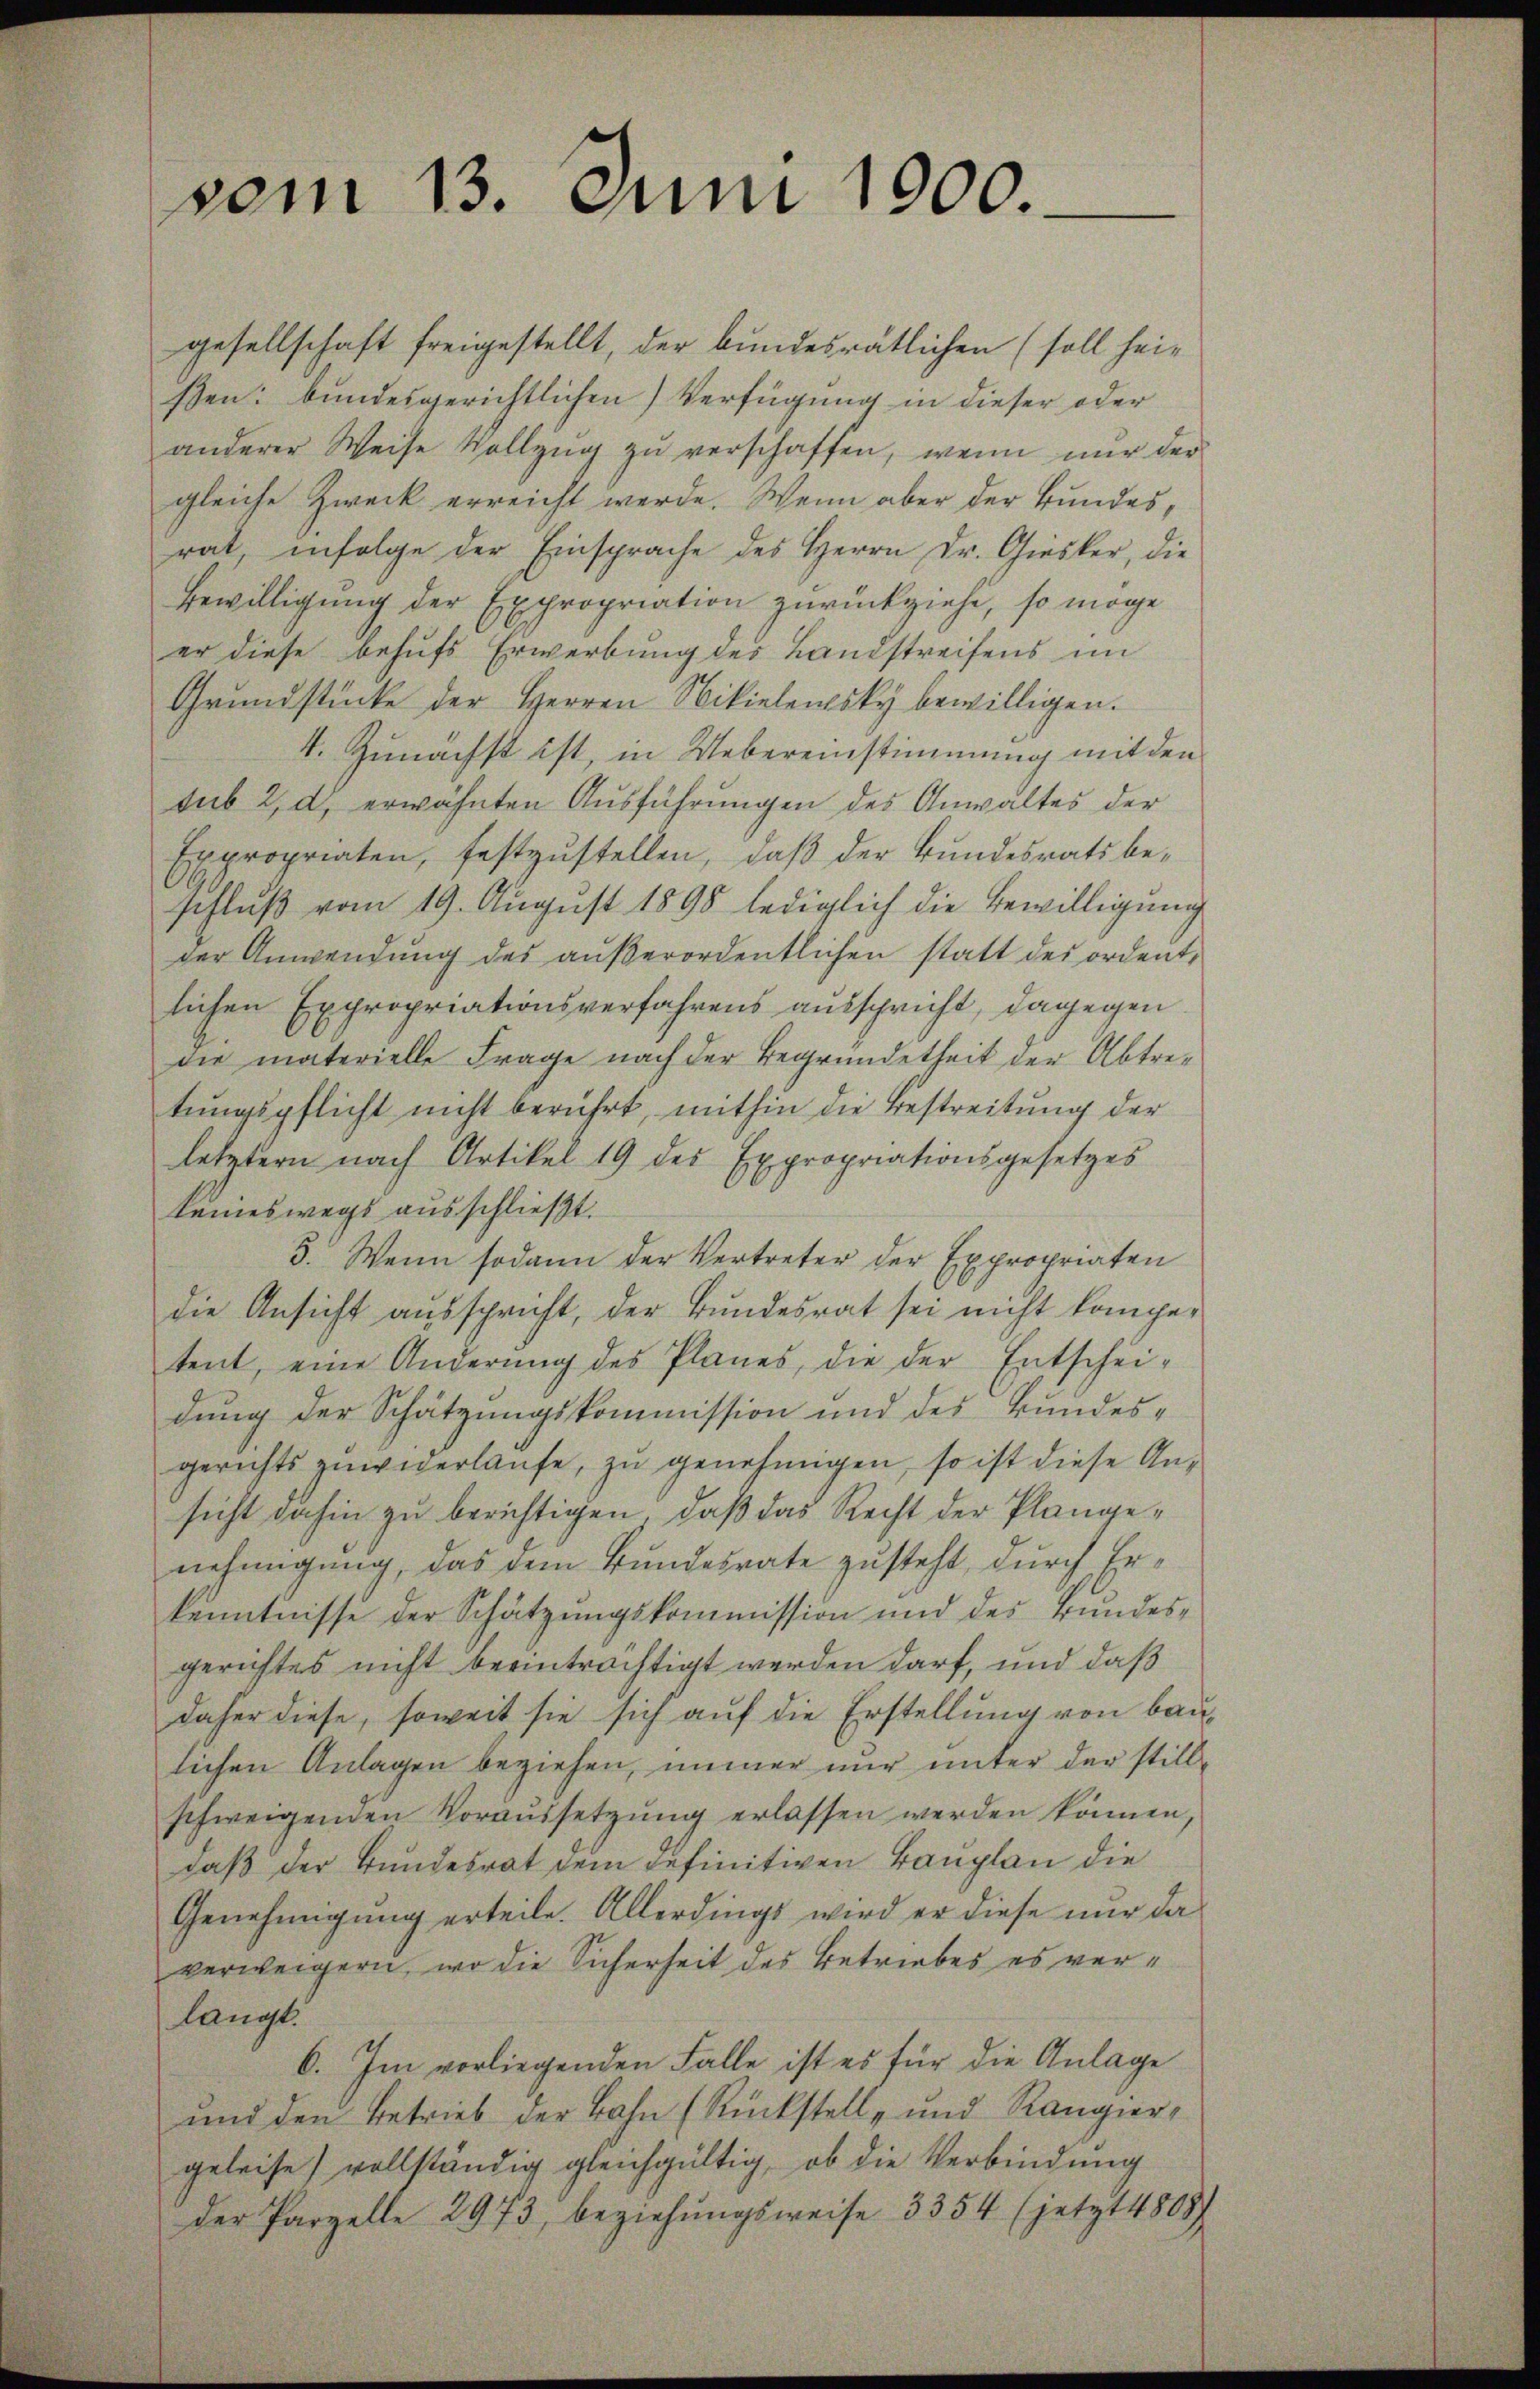
vom 13. Juni 1900.

gesellschaft freigestellt, der bundesrätlichen (soll heißen: bundesgerichtlichen Verfügung in dieser oder
anderer Weise Vollzŭg zŭ verschaffen, wenn nŭr der
gleiche Zweck erreicht werde. Wenn aber der Bundes,
rat, infolge der Einsprache des Herrn Dr. Giesker, die
Bewilligung der Expropriation zurückziehe, so möge
er diese behufs Erwerbung des Landstreifens im
Grŭndstücke der Herren Nikielensky bewilligen.
4. Zunächst ist, in Uebereinstimmung mit den
sub 2, d, erwähnten Ausführungen des Anwaltes der
Expropriaten, festzŭstellen, daβ der Bundesrats be-
schluß vom 19. August 1898 lediglich die Bewilligung
der Anwendung des außerordentlichen statt des ordentlichen Expropriationsverfahrens ausspricht, dagegen
die materielle Frage nach der Begründetheit der Abtretungspflicht nicht berührt, mithin die Bestreitung der
letztern nach Artikel 19 des Expropriationsgesetzes
keineswegs ausschließt.
3. Wenn sodann der Vertreter der Expropriaten
die Ansicht ausspricht, der Bundesrat sei nicht komper
tent, eine Änderŭng des Planes, die der Entschei-
dung der Schätzungskommission und des Bundesgerichts zuwiderlaufe, zu genehmigen, so ist diese Ansicht dahin zu berichtigen, daß das Recht der Plangenehmigung, das dem Bundesrate zusteht, durch Erkenntnisse der Schätzungskommission und des Bundes-
gerichtes nicht beeinträchtigt werden darf, und daß
daher diese, soweit sie sich auf die Erstellung von baulichen Anlagen beziehen, immer nur unter der still-
schweigenden Voraussetzŭng erlassen werden können.
daß der Bundesrat dem definitiven Bauplan die
Genehmigŭng erteile. Allerdings wird er diese nŭr da
verweigern, wo die Sicherheit des Betriebes es verlangt.
6. Im vorliegenden Falle ist es für die Anlage
und den Betrieb der Bahn (Rückstell- und Rangiergeleise) vollständig gleichgültig, ob die Verbindung
der Parzelle 2973, beziehungsweise 3354 (jetzt 4808)